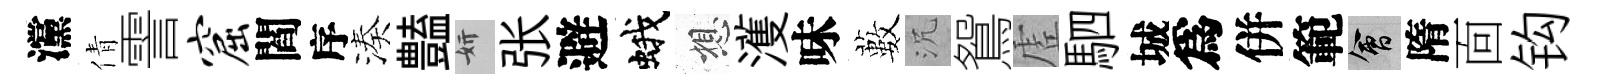
灙倩霅窟閻序湊𧰟妍张避蛾想濩味藪沉鴛虗駟城爲併範會隋靣钩